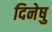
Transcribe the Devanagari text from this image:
दिनेषु